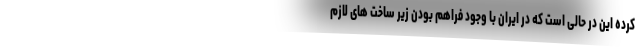
کرده این در حالی است که در ایران با وجود فراهم بودن زیر ساخت های لازم